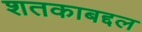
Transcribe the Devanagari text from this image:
शतकाबद्दल